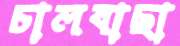
চালবাছা